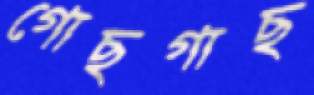
গোছগাছ